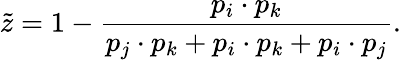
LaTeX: \tilde{z}=1-\frac{p_{i}\cdot p_{k}}{p_{j}\cdot p_{k}+p_{i}\cdot p_{k}+p_{i}\cdot p_{j}}.